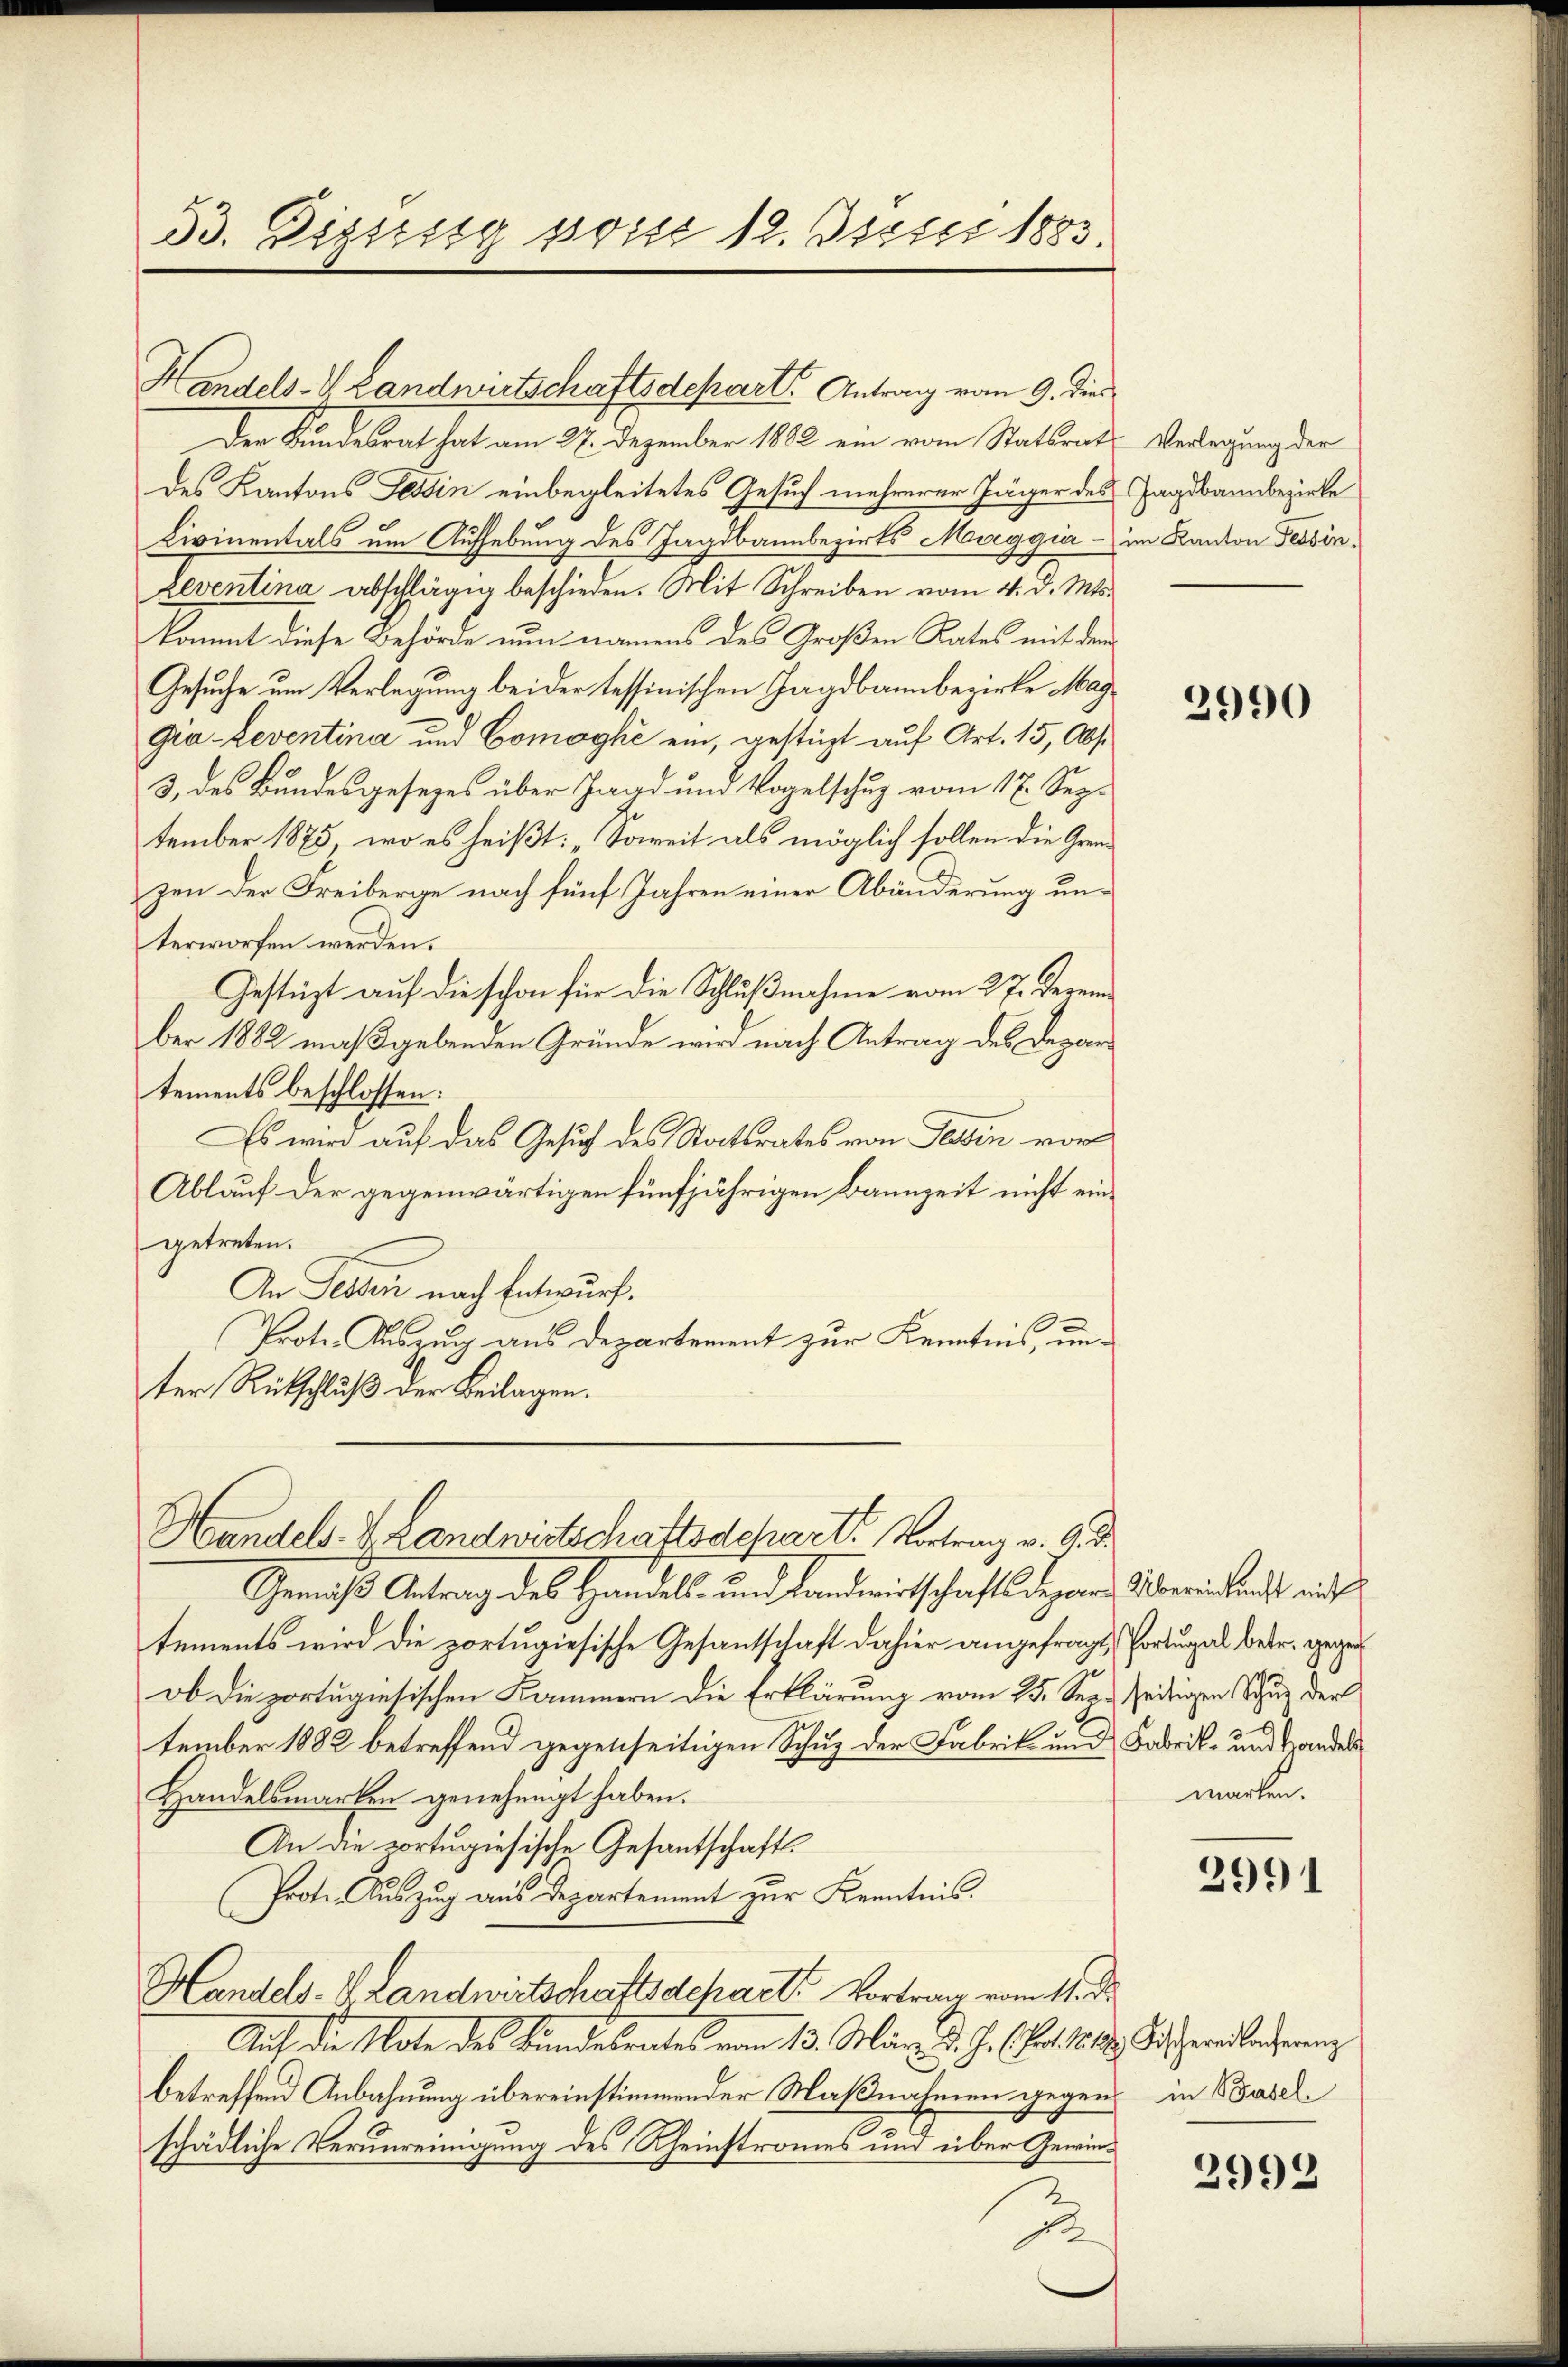
33. Distrig pris 12. Dieser 1883.

Der Kundesrat hat am 27. Dezember 1882 ein vom Statsrats Verlegung der
des Kantons Tessin einbegleitetes Gesuch mehrerer Jäger des
Livinentals um Aufhebung des Jagdbannbezirks Maggia - im Kanton Tessin¬
Leventina abschlägig beschieden. Mit Schreiben vom 4. d. Mts.
kommt diese Behörde nun namens des Großen Rates mit dem
Gesuche um Verlegung beider tessinischen Hagdbannbezirke Mag¬
Gia- Leventina und Comoghi ein, gestüzt auf Art. 15, Abs
3, des Bundesgesezes über Jagd und Vogelschug vom 17. September 1875, wo es heißt: „Soweit als möglich sollen die Grenzen der Freiberge nach fünf Jahren einer Abänderung unterworfen werden.
Gestüzt auf die schon für die Schlußnahme vom 27. Dezember 1882 maßgebenden Gründe wird nach Antrag des Departements beschlossen:
Es wird auf das Gesuch des Staatsrates von Tessin vor¬
Ablauf der gegenwärtigen fünfjährigen Bannzeit nicht eingetreten.
An Jesten nach Entwurf.
Prote. Auszug aus Departement zur Kenntnis, unter Rückschluß der Beilagen.

Handels-V. Landwirtschaftsdepart. Antrag vom 9. dies

Handels- u. Landwirtschaftsdesirrt Vortrag v. 9. d.

Jagdbannbezirke

Gemäß Antrag des Handels- und Landwirtschafts depore Übereinand mit
tements wird die portugiesische Gesantschaft dahier angefragt, Portugal betr. gegen
ob die portugisischen Kammern die Erklärung vom 25. Sep. seitigen Schu der
tember 1882 betreffend gegenseitigen Schuz der Fabrik- und Fabrik- und Handels
Handelsmarken genehmigt haben.
An die portugisische Gesantschafts¬
Prote. Auszug aus Departement zur Kenntnis.
Handels-V. Landwirtschaftsdchart. Vortrag vom 11. d.
Auf die Note des Bundesrates vom 13. März d. J. (fort. 1818. Geradlacherenz
betreffend Anbahnung übereinstimmender Maßnahmen gegen in Baselschädliche Verunreinigung des Rheinstromes und über Gewin¬
2

2990

marten.

2991

2992